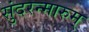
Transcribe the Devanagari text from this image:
सुंदरन्मारुम्